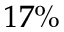
1 7 \%